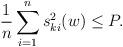
LaTeX: \begin{align*} \frac{1}{n} \sum\limits_{i=1}^n s_{ki}^2 (w) \leq P. \end{align*}